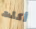
أكلت